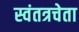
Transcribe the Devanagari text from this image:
स्वंतत्रचेता